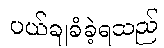
ပယ်ချခံခဲ့ရသည်